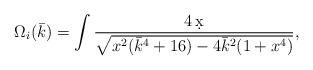
LaTeX: \begin{align*}\Omega_i(\bar k)=\int\frac{4\,\d x}{\sqrt{x^2(\bar k^4+16)-4\bar k^2(1+x^4)}},\end{align*}